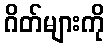
ဂိတ်များကို